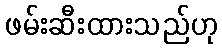
ဖမ်းဆီးထားသည်ဟု